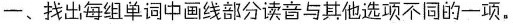
一、找出每组单词中画线部分读音与其他选项不同的一项。